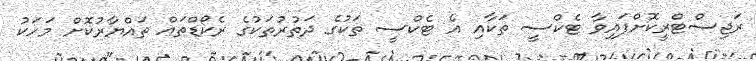
ރަޖިސްޓްރީކޮށްފައިވާ ޓެކްސީ ތަކާއި އެ ޓެކްސީ ތަކުގެ ދަތުރުތަކުގެ ރެކޯޑްތައް ތައްޔާރުކޮށް މަހަކު